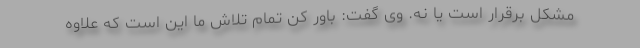
مشکل برقرار است یا نه. وی گفت: باور کن تمام تلاش ما این است که علاوه